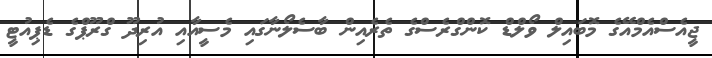
ޖީއެސްއެމްއޭގެ މޮބައިލް ވޯލްޑް ކޮންގްރެސްގެ ތެރެއިން ބާސެލޯނާގައި މެސީއާއި އުރިދޫ ގްރޫޕްގެ ޑެޕިއުޓީ